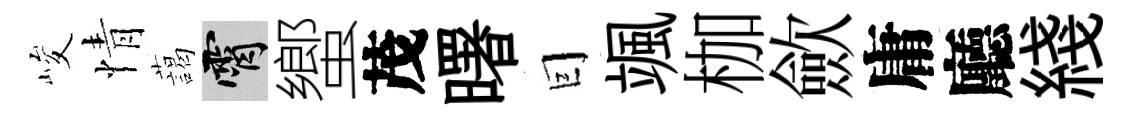
峻情藹霄蠁茂曙囙颯枷歛庸廳綫